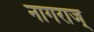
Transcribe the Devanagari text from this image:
नागराज्